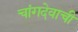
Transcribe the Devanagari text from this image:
चांगदेवाची